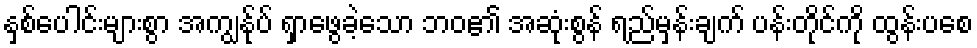
နှစ်ပေါင်းများစွာ အကျွန်ုပ် ရှာဖွေခဲ့သော ဘဝ၏ အဆုံးစွန် ရည်မှန်းချက် ပန်းတိုင်ကို ထွန်းပစေ